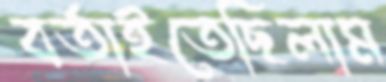
বর্তাইতেছিলাম